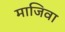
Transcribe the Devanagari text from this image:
माजिवा